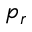
p _ { r }